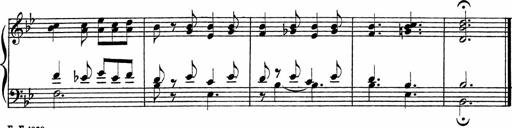
Title: Piano Sonatinas
Composer: Charles Fradel